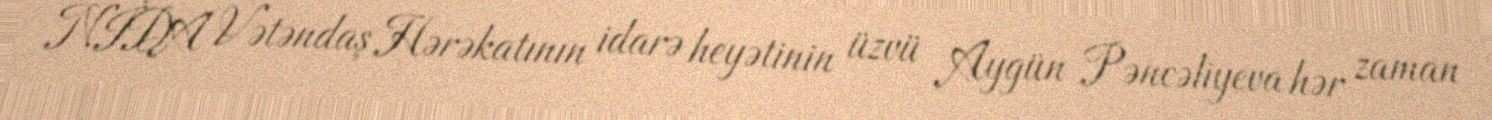
NİDA Vətəndaş Hərəkatının idarə heyətinin üzvü Aygün Pəncəliyeva hər zaman